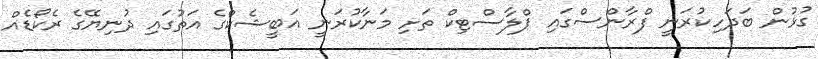
ގުޅުން ބަދަހިކުރަނީ ފްރާންސްގައި ޕްލާސްޓިކް ތަށި މަނާކުރަނީ އަބީޝެކްގެ އަތުގައި ދުނިޔޭގެ ރެކޯޑެއް